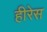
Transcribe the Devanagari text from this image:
हीरेस